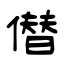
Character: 僣